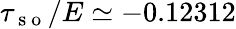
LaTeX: \tau_{\mathrm{~s~o~}}/E\simeq-0.12312